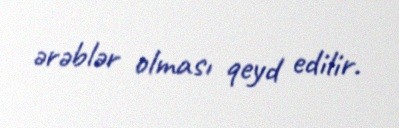
ərəblər olması qeyd edilir.